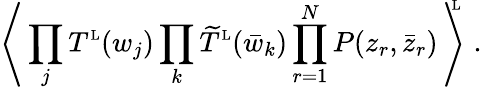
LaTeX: \left\langle\, \prod_{j}T^{\mathrm{\scriptscriptstyle L}}(w_{j})\prod_{k}\widetilde T^{\mathrm{\scriptscriptstyle L}}(\bar{w}_{k})\prod_{r=1}^{N}P(z_{r},\bar{z}_{r})\, \right\rangle^{\! \! \! \mathrm{\scriptscriptstyle L}}\ .